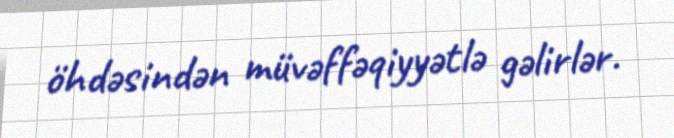
öhdəsindən müvəffəqiyyətlə gəlirlər.